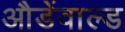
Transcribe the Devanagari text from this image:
औडेंवाल्ड